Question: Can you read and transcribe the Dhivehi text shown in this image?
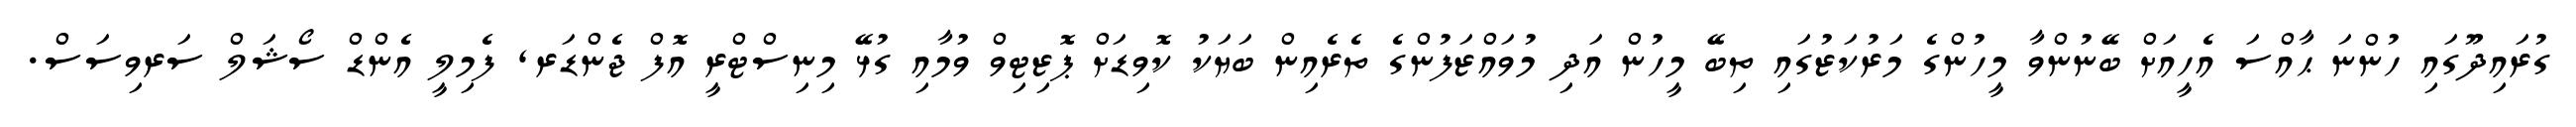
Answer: ގުރައިދޫގައި ހުންނަ ޙާއްސަ އެހީއަށް ބޭނުންވާ މީހުންގެ މަރުކަޒުގައި ތިބޭ މީހުން އަދި މުވައްޒަފުންގެ ތެރެއިން ބަޔަކު ކޮވިޑަށް ޕޮޒިޓިވް ވުމާއި ގުޅޭ މިނިސްޓްރީ އޮފް ޖެންޑަރ, ފެމިލީ އެންޑް ސޯޝަލް ސަރވިސަސް.